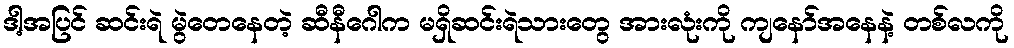
ဒါ့အပြင် ဆင်းရဲ မွဲတေနေတဲ့ ဆီနီဂေါက မရှိဆင်းရဲသားတွေ အားလုံးကို ကျနော်အနေနဲ့ တစ်လကို